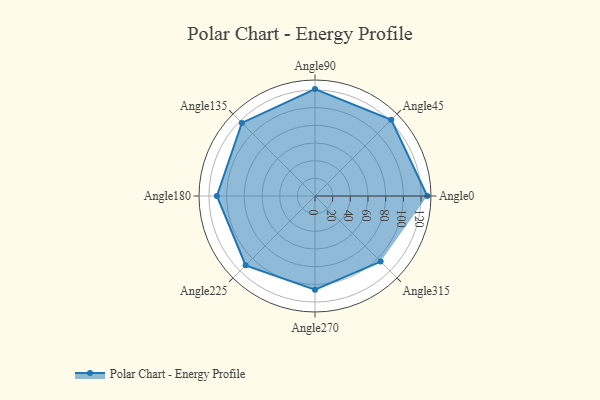
{"axis": {"x": "Angle", "y": "Radius"}, "legend": [""], "data": [{"x": "Angle0", "y": 127.0, "type": ""}, {"x": "Angle45", "y": 122.0, "type": ""}, {"x": "Angle90", "y": 121.0, "type": ""}, {"x": "Angle135", "y": 117.0, "type": ""}, {"x": "Angle180", "y": 111.0, "type": ""}, {"x": "Angle225", "y": 111.0, "type": ""}, {"x": "Angle270", "y": 106.0, "type": ""}, {"x": "Angle315", "y": 105.0, "type": ""}]}